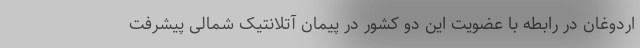
اردوغان در رابطه با عضویت این دو کشور در پیمان آتلانتیک شمالی پیشرفت